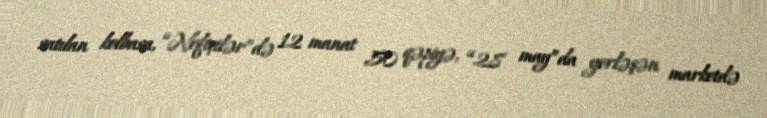
satılan kolbasa, “Neftçilər”də 12 manat 50 qəpiyə, “28 may”da yerləşən marketdə